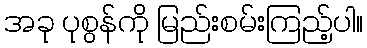
အခု ပုစွန်ကို မြည်းစမ်းကြည့်ပါ။